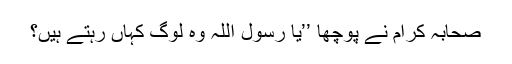
صحابہ کرام نے پوچھا ’’یا رسول اللہ وہ لوگ کہاں رہتے ہیں؟